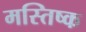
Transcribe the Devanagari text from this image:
मस्‍तिष्‍क